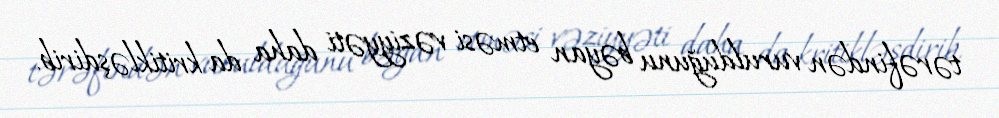
tərəfindən vurulduğunu bəyan etməsi vəziyyəti daha da kritikləşdirib.